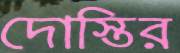
দোস্তির